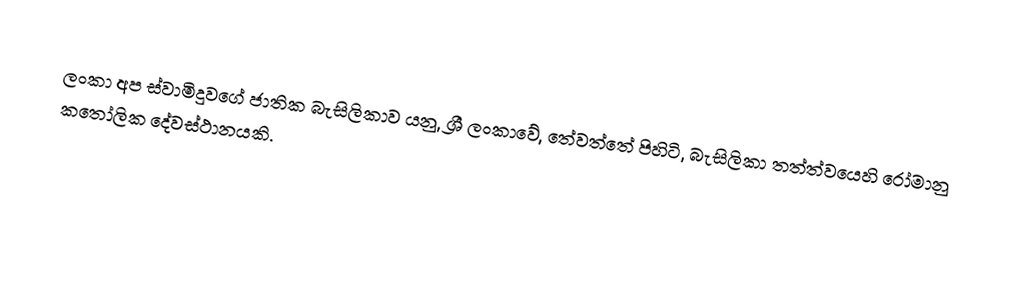
ලංකා අප ස්වාමිදුවගේ ජාතික බැසිලිකාව යනු, ශ්‍රී ලංකාවේ, තේවත්තේ පිහිටි, බැසිලිකා තත්ත්වයෙහි  රෝමානු කතෝලික දේවස්ථානයකි.